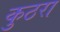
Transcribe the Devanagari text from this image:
कुठरा